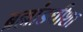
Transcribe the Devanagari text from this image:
ब्रह्मांडधीशा